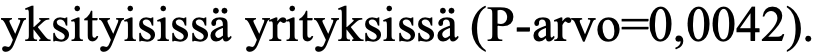
yksityisissä yrityksissä (P-arvo=0,0042).